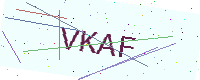
Text: VKAF